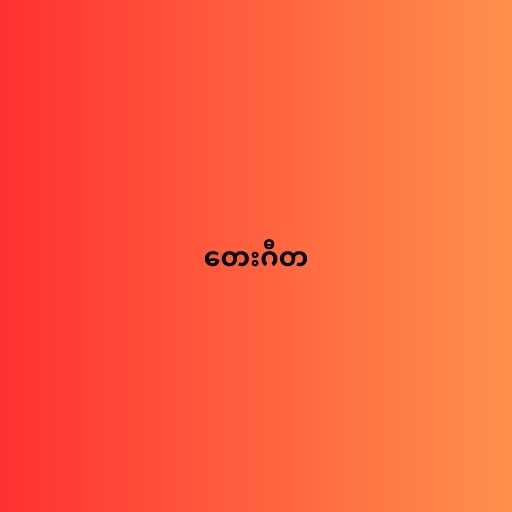
တေးဂီတ